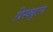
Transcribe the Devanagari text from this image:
प्रिस्क्यूटम